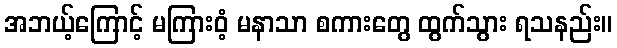
အဘယ့်ကြောင့် မကြားဝံ့ မနာသာ စကားတွေ ထွက်သွား ရသနည်း။